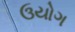
ઉયોગ